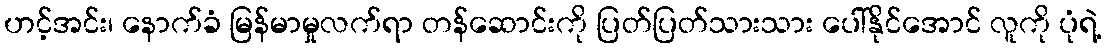
ဟင့်အင်း၊ နောက်ခံ မြန်မာမှုလက်ရာ တန်ဆောင်းကို ပြတ်ပြတ်သားသား ပေါ်နိုင်အောင် လူကို ပုံရဲ့